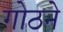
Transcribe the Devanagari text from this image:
गोठने